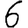
Digit: 6